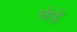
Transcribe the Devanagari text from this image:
घोड़ें